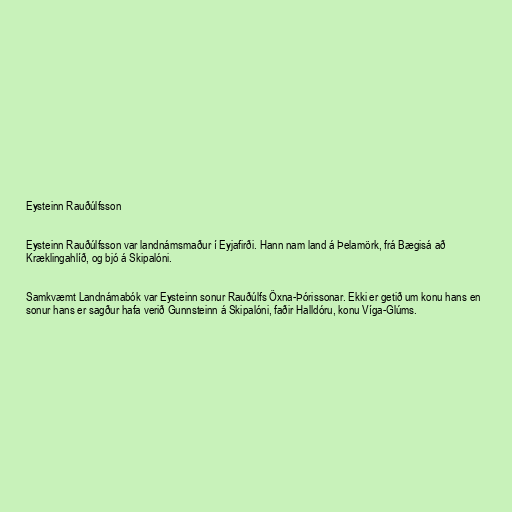
Eysteinn Rauðúlfsson

Eysteinn Rauðúlfsson var landnámsmaður í Eyjafirði. Hann nam land á Þelamörk, frá Bægisá að
Kræklingahlíð, og bjó á Skipalóni.

Samkvæmt Landnámabók var Eysteinn sonur Rauðúlfs Öxna-Þórissonar. Ekki er getið um konu hans en
sonur hans er sagður hafa verið Gunnsteinn á Skipalóni, faðir Halldóru, konu Víga-Glúms.